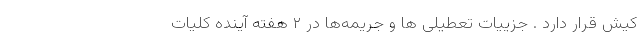
کیش قرار دارد . جزییات تعطیلی ‌ها و جریمه‌ها در ۲ هفته آینده کلیات